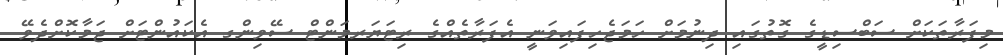
މިފަރާތަކަށް ސަބްސިޑީގެ ގޮތުގައި ދިނުމަށް ހަމަޖެހިފައިވަނީ އެފަރާތެއްގެ ރިޓަޔަރމަންޓް ސޭވިންގ އެކައުންޓަށް ޖަމާކޮށްދެވޭ